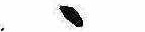
ゝ